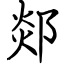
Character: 郯